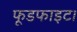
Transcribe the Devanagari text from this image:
फूडफाइट।